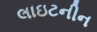
લાઇટનીન